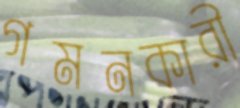
গমনকারী